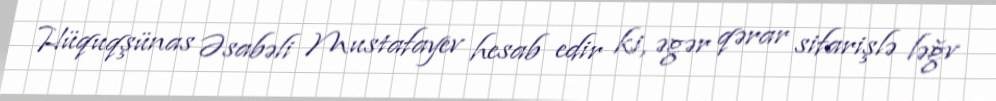
Hüquqşünas Əsabəli Mustafayev hesab edir ki, əgər qərar sifarişlə ləğv